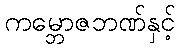
ကမ္ဘောဇဘဏ်နှင့်